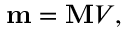
\mathbf { m } = \mathbf { M } V ,